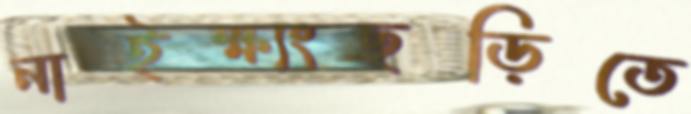
নাইক্ষ্যংছড়িতে